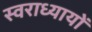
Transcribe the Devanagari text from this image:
स्वराध्यायों